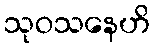
သုဝသနေဟိ